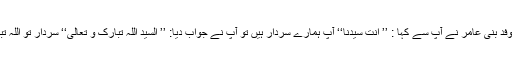
یہاں تک کہ جب وفدِ بنی عامر نے آپ سے کہا : ’’ أنت سیدنا‘‘ آپ ہمارے سردار ہیں تو آپ نے جواب دیا: ’’ السید اللّٰہ تبارک و تعالیٰ‘‘ سردار تو اللہ تبارک و تعالیٰ ہے۔